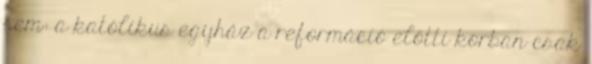
sem: a katólikus egyház a reformáció előtti korban csak